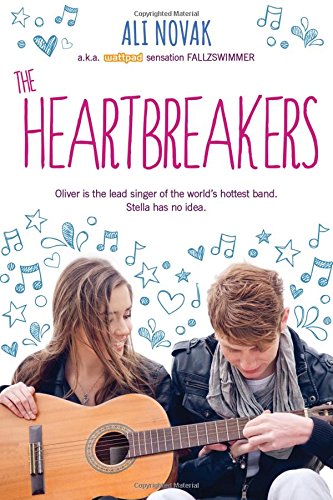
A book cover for The Heartbreakers (The Heartbreak Chronicles); Ali Novak; Teen & Young Adult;